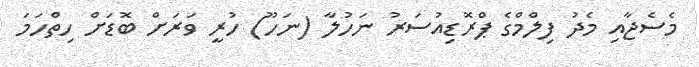
މެސެޖާއި މެދު ފިލްމްގެ ޕްރޮޑިއުސަރު ނަހުލާ (ނަހޫ) ހުރީ ވަރަށް ބޮޑަށް ހިތްހަމަ